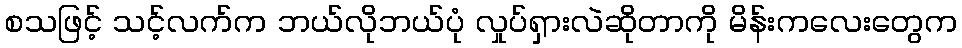
စသဖြင့် သင့်လက်က ဘယ်လိုဘယ်ပုံ လှုပ်ရှားလဲဆိုတာကို မိန်းကလေးတွေက